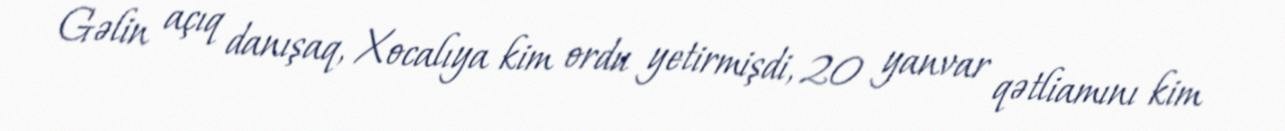
Gəlin açıq danışaq, Xocalıya kim ordu yetirmişdi, 20 yanvar qətliamını kim